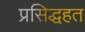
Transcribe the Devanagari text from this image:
प्रसिद्धहत